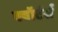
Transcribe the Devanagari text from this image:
क्वॉर्टर्स